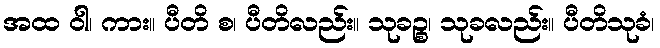
အထ ဝါ၊ ကား။ ပီတိ စ၊ ပီတိလည်း။ သုခဉ္စ၊ သုခလည်း။ ပီတိသုခံ၊